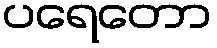
ပရေတော